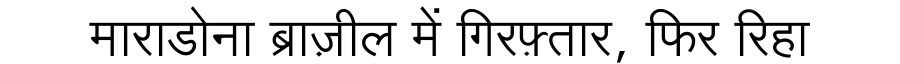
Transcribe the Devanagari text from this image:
माराडोना ब्राज़ील में गिरफ़्तार, फिर रिहा